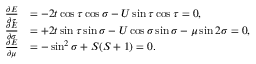
\begin{array} { r l } { \frac { \partial E } { \partial \tau } } & { = - 2 t \cos \tau \cos \sigma - U \sin \tau \cos \tau = 0 , } \\ { \frac { \partial E } { \partial \sigma } } & { = + 2 t \sin \tau \sin \sigma - U \cos \sigma \sin \sigma - \mu \sin 2 \sigma = 0 , } \\ { \frac { \partial E } { \partial \mu } } & { = - \sin ^ { 2 } \sigma + S ( S + 1 ) = 0 . } \end{array}